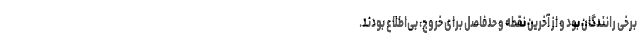
برخی رانندگان بود و از آخرین نقطه و حدفاصل برای خروج، بی‌اطلاع بودند.